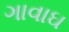
ગાવાઘ